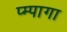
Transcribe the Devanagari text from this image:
प्म्पागा